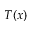
T ( x )